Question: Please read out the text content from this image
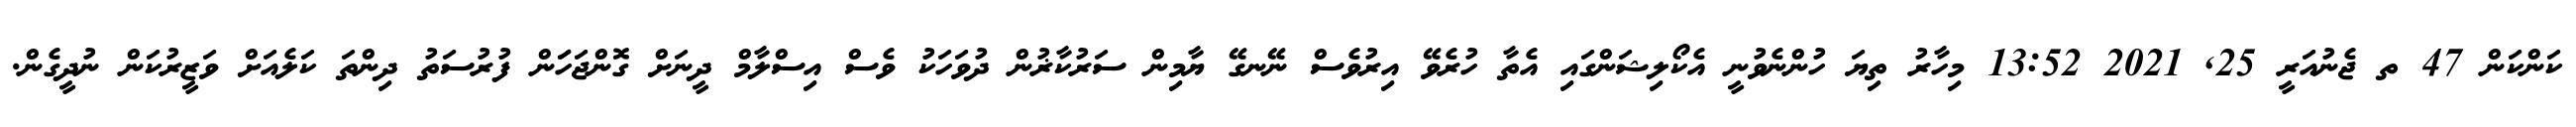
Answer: ކަންކަން 47 ތ ޖެނުއަރީ 25, 2021 13:52 މިހާރު ތިޔަ ހުންނެވުނީ އެކޯލިޝަންގައި އެތާ ހުރެވޭ އިރުވެސް ނޭނގޭ ޔާމިން ސަރުކާޜުން ދުވަހަކު ވެސް އިސްލާމް ދީނަށް ގޮންޖަހަަން ފުރުސަތު ދިންތަ ކަލެއަށް ވަޒީރުކަން ނުދީގެން.